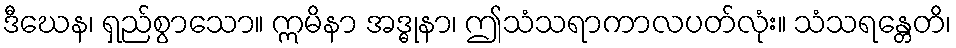
ဒီဃေန၊ ရှည်စွာသော။ ဣမိနာ အဒ္ဓုနာ၊ ဤသံသရာကာလပတ်လုံး။ သံသရန္တေတိ၊